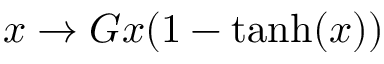
x \rightarrow G x ( 1 - \mathrm { t a n h } ( x ) )